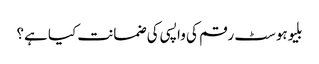
بلیوہوسٹ رقم کی واپسی کی ضمانت کیا ہے؟